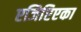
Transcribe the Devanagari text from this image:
एजिप्टिएका